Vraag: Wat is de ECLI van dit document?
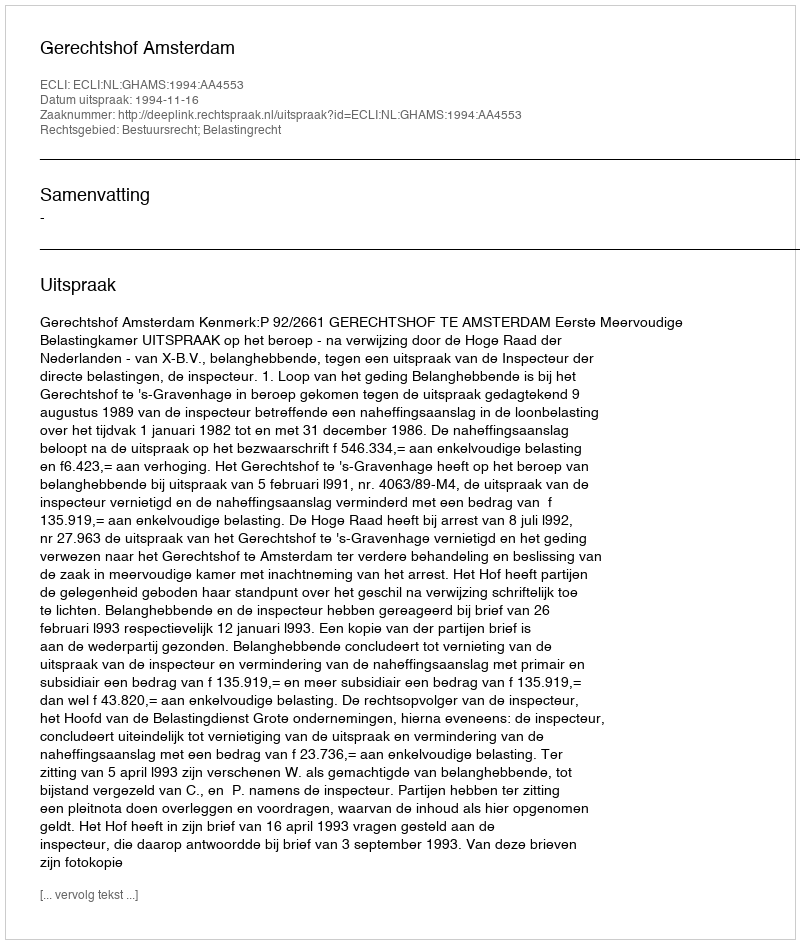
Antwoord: ECLI:NL:GHAMS:1994:AA4553